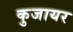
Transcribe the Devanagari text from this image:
कुजायर